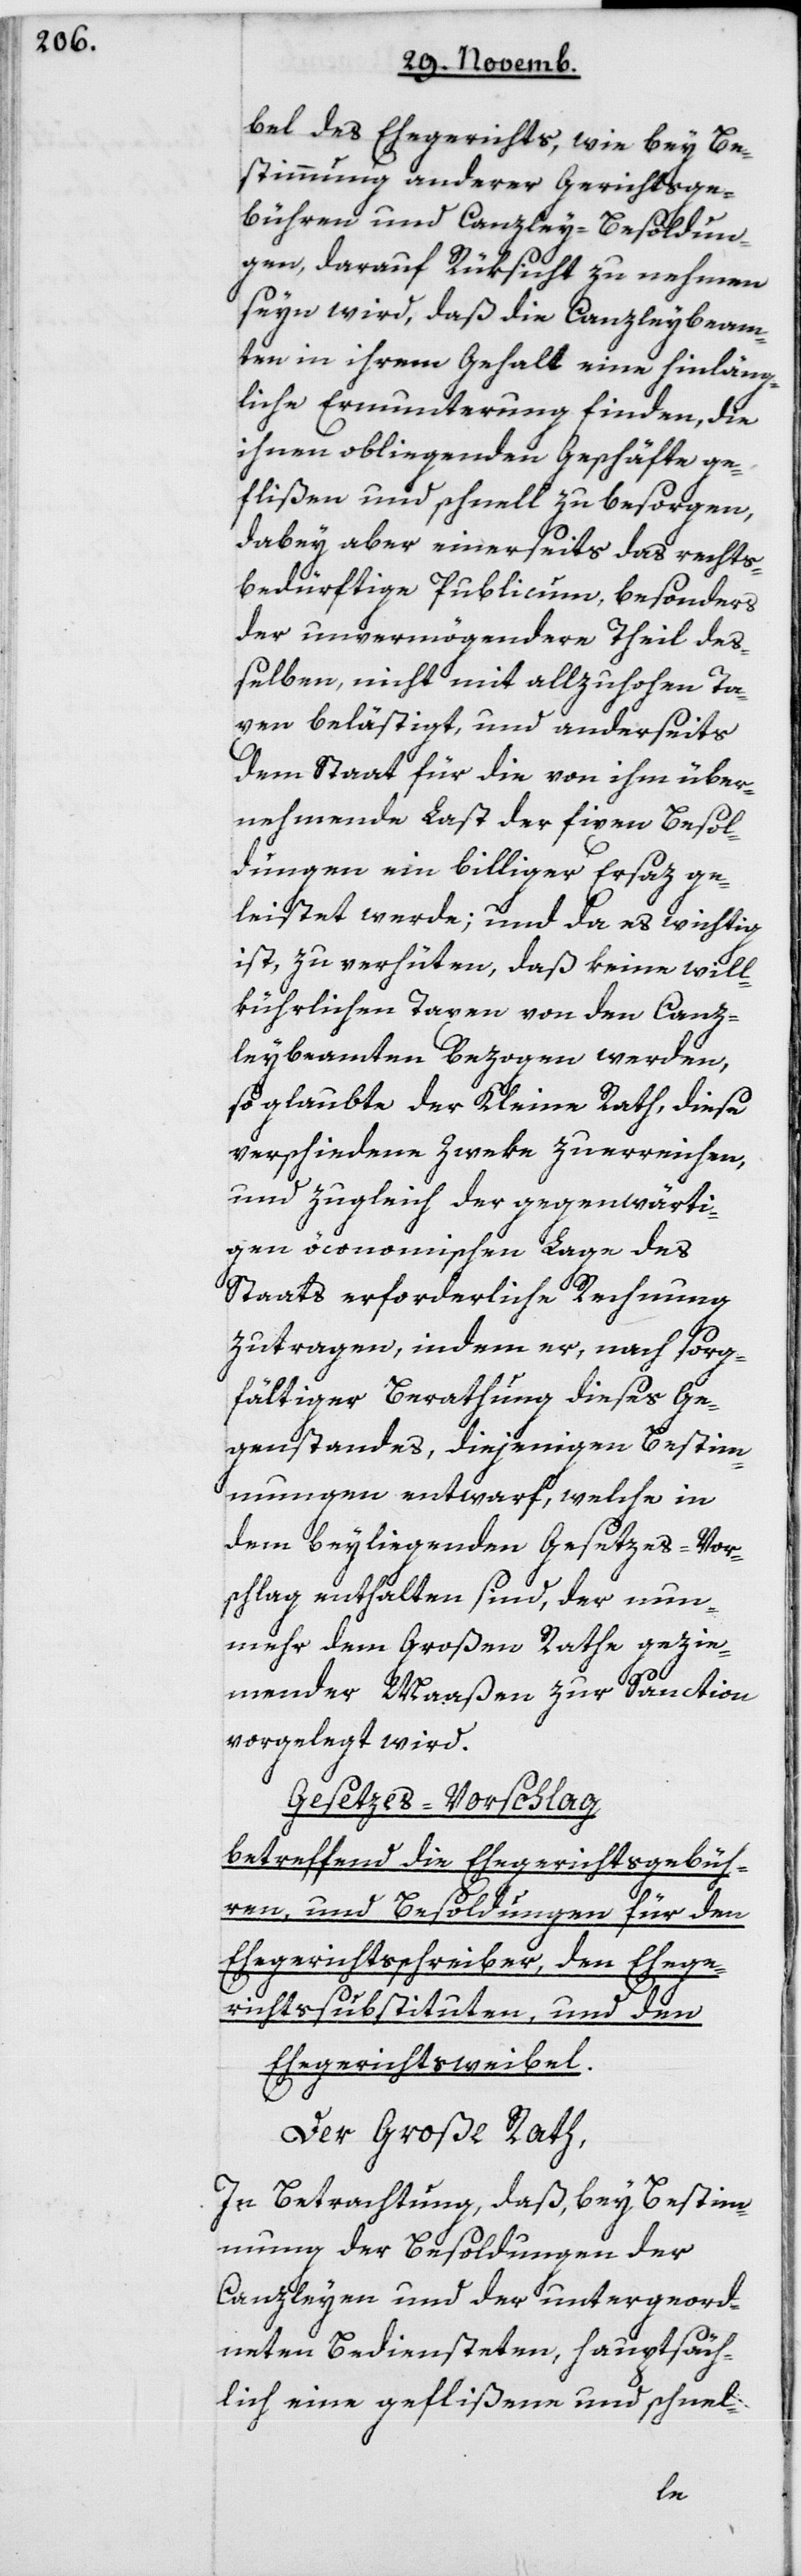
bel des Ehegerichts, wie bey Be¬
stimmung anderer Gerichtsge¬
bühren und Canzley-Besoldun¬
gen, darauf Rüksicht zu nehmen
seyn wird, daß die Canzleybeam¬
ten in ihrem Gehalt eine hinläng¬
liche Ermunterung finden, die
ihnen obliegenden Geschäfte ge¬
flißen und schnell zu besorgen,
dabey aber einerseits das rechts¬
bedürftige Publicum, besonders
der unvermögendere Theil de¬
ßelben, nicht mit allzu hohen Ta¬
xen belästigt, und anderseits
dem Staat für die von ihm über¬
nehmende Last der fixen Besol¬
dungen ein billiger Ersaz ge¬
leistet werde; und da es wichtig
ist, zu verhüten, daß keine will¬
kürlichen Taxen von den Canz¬
leybeamten bezogen werden,
so glaubte der Kleine Rath, diese
verschiedene Zweke zu erreichen,
und zugleich der gegenwärti¬
gen öconomischen Lage des
Staats erforderliche Rechnung
zu tragen, indem er, nach sorg¬
fältiger Berathung dieses Ge¬
genstandes, diejenigen Bestim¬
mungen entwarf, welche in
dem beiliegenden Gesetzes-Vor¬
schlag enthalten sind, der nun¬
mehr dem Großen Rathe gezie¬
mender Maaßen zur Sanction
vorgelegt wird.
Gesetzes-Vorschlag
betreffend die Ehegerichtsgebüh¬
ren und Besoldungen für den
Ehegerichtsschreiber, den Ehege¬
richtssubstituten und den
Ehegerichtsweibel.
Der Große Rath,
in Betrachtung daß bey Bestim¬
mung der Besoldungen der
Canzleyen und der untergeord¬
neten Bediensteten, hauptsäch¬
lich eine geflißene und schnel-